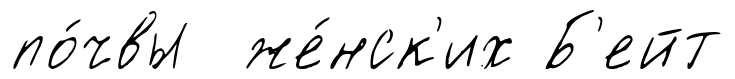
по́чвы же́нск'их Б'ейт